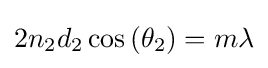
2n_{2}d_{2}\cos \left(\theta _{2}\right)=m\lambda